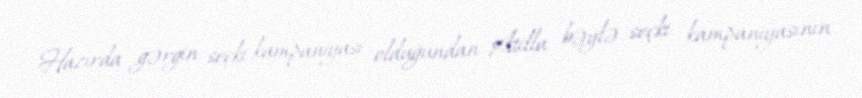
Hazırda gərgin seçki kampaniyası olduğundan Atilla bəylə seçki kampaniyasının